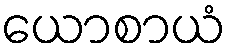
ယောစာယံ